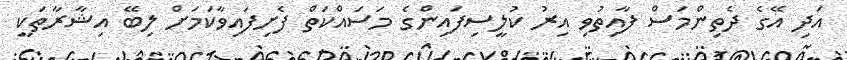
އަދި އޭގެ ދެތިންމަސް ފާއިތުވި އިރު ކުލީސިފައިންގެ މަސައްކަތް ފެށިފައިވާކަމަށް ލިބޭ އިޝާރާތަކީ